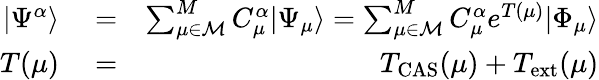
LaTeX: \begin{array}{rlr}{|\Psi^{\alpha}\rangle}&{{}=}&{\sum_{\mu\in{\cal M}}^{M}C_{\mu}^{\alpha}|\Psi_{\mu}\rangle=\sum_{\mu\in{\cal M}}^{M}C_{\mu}^{\alpha}e^{T(\mu)}|\Phi_{\mu}\rangle}\\ {T(\mu)}&{{}=}&{T_{\mathrm{CAS}}(\mu)+T_{\mathrm{ext}}(\mu)}\end{array}